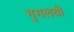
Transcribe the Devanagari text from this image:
गुगलची